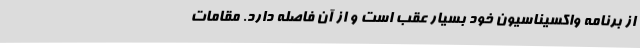
از برنامه واکسیناسیون خود بسیار عقب است و از آن فاصله دارد. مقامات